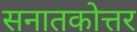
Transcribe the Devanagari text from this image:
सनातकोत्तर